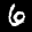
Label: 6